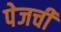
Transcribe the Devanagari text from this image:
पेजची